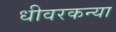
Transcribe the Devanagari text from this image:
धीवरकन्या